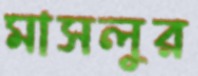
মাসলুর